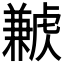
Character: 𧈁